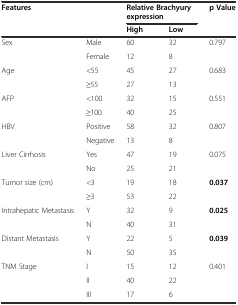
<table><thead><tr><td rowspan="2" colspan="2"><b>Features</b></td><td colspan="2"><b>Relative Brachyury expression</b></td><td rowspan="2"><b>p Value</b></td></tr><tr><td><b>High</b></td><td><b>Low</b></td></tr></thead><tbody><tr><td rowspan="2">Sex</td><td>Male</td><td>60</td><td>32</td><td>0.797</td></tr><tr><td>Female</td><td>12</td><td>8</td><td></td></tr><tr><td rowspan="2">Age</td><td>&lt;55</td><td>45</td><td>27</td><td>0.683</td></tr><tr><td>≥55</td><td>27</td><td>13</td><td></td></tr><tr><td rowspan="2">AFP</td><td>&lt;100</td><td>32</td><td>15</td><td>0.551</td></tr><tr><td>≥100</td><td>40</td><td>25</td><td></td></tr><tr><td rowspan="2">HBV</td><td>Positive</td><td>58</td><td>32</td><td>0.807</td></tr><tr><td>Negative</td><td>13</td><td>8</td><td></td></tr><tr><td rowspan="2">Liver Cirrhosis</td><td>Yes</td><td>47</td><td>19</td><td>0.075</td></tr><tr><td>No</td><td>25</td><td>21</td><td></td></tr><tr><td rowspan="2">Tumor size (cm)</td><td>&lt;3</td><td>19</td><td>18</td><td><b>0.037</b></td></tr><tr><td>≥3</td><td>53</td><td>22</td><td></td></tr><tr><td rowspan="2">Intrahepatic Metastasis</td><td>Y</td><td>32</td><td>9</td><td><b>0.025</b></td></tr><tr><td>N</td><td>40</td><td>31</td><td></td></tr><tr><td rowspan="2">Distant Metastasis</td><td>Y</td><td>22</td><td>5</td><td><b>0.039</b></td></tr><tr><td>N</td><td>50</td><td>35</td><td></td></tr><tr><td rowspan="3">TNM Stage</td><td>I</td><td>15</td><td>12</td><td>0.401</td></tr><tr><td>II</td><td>40</td><td>22</td><td></td></tr><tr><td>III</td><td>17</td><td>6</td><td></td></tr></tbody></table>